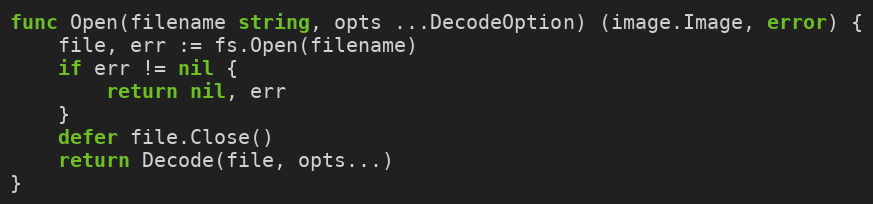
Language: Go
func Open(filename string, opts ...DecodeOption) (image.Image, error) {
	file, err := fs.Open(filename)
	if err != nil {
		return nil, err
	}
	defer file.Close()
	return Decode(file, opts...)
}